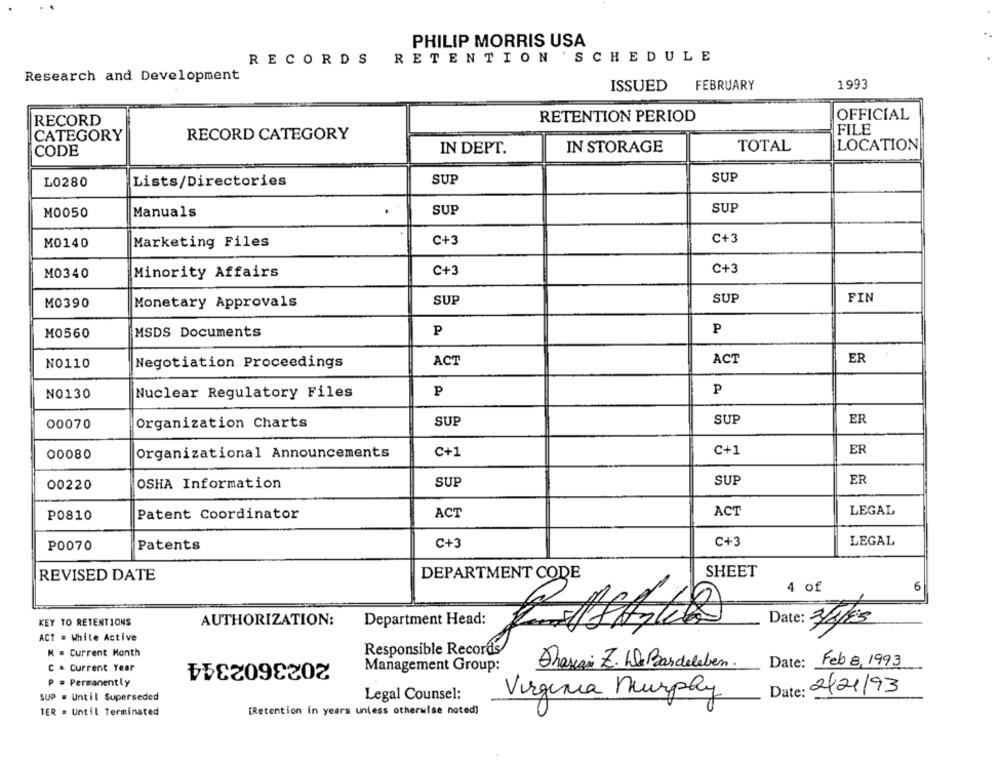
PHILIP MORRIS USA
RECORDS RETENTION
SCHEDULE
Research and Development
ISSUED FEBRUARY
1993
RECORD
RETENTION PERIOD
OFFICIAL
FILE
CATEGORY
RECORD CATEGORY
CODE
IN DEPT.
IN STORAGE
TOTAL
LOCATION
L0280
Lists/Directories
SUP
SUP
M0050
Manuals
SUP
SUP
M0140
Marketing Files
C+3
C+3
M0340
Minority Affairs
C+3
C+3
SUP
FIN
M0390
Monetary Approvals
SUP
M0560
MSDS Documents
P
P
ACT
ER
NO110
Negotiation Proceedings
ACT
NO130
Nuclear Regulatory Files
P
P
SUP
SUP
ER
00070
Organization Charts
C+1
ER
00080
Organizational Announcements
C+1
SUP
SUP
ER
00220
OSHA Information
ACT
LEGAL
P0810
Patent Coordinator
ACT
C+3
LEGAL
P0070
Patents
C+3
SHEET
REVISED DATE
DEPARTMENT CODE
4 of
6
Date: 3/2/85
KEY TO RETENTIONS
AUTHORIZATION:
Department Head:
ACT = While Active
M = Current Month
2023602344
Responsible Records
Date: Feb 8, 1993
C . Current Year
Management Group:
Phasiai Z. De Bardeleben.
P = Permanently
SUP . Until Superseded
Legal Counsel:
Virginia Murphy
Date:
2/21/93
TER = Until Terminated
[Retention in years unless otherwise noted]